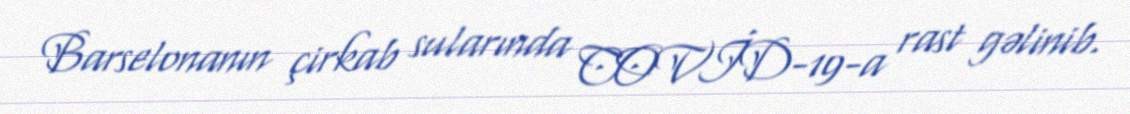
Barselonanın çirkab sularında COVİD-19-a rast gəlinib.